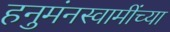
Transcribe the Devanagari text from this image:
हनुमंनस्वामींच्या